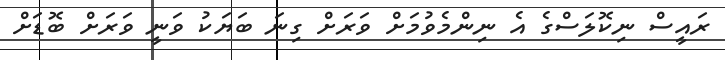
ރައީސް ނިކޮލަސްގެ އެ ނިންމެވުމަށް ވަރަށް ގިނަ ބަޔަކު ވަނީ ވަރަށް ބޮޑަށް